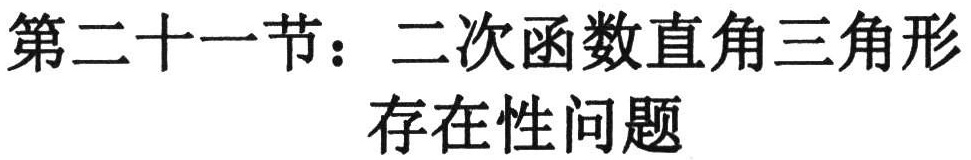
第二十一节：二次函数直角三角形存在性问题